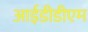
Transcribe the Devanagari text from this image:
आईडीडीएम